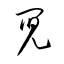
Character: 鬩